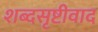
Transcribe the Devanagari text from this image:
शब्दसृष्टीवाद